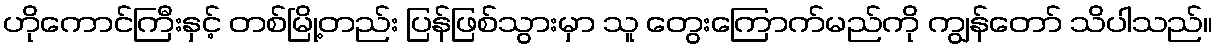
ဟိုကောင်ကြီးနှင့် တစ်မြို့တည်း ပြန်ဖြစ်သွားမှာ သူ တွေးကြောက်မည်ကို ကျွန်တော် သိပါသည်။